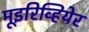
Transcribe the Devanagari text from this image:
मूइरिव्हियेर